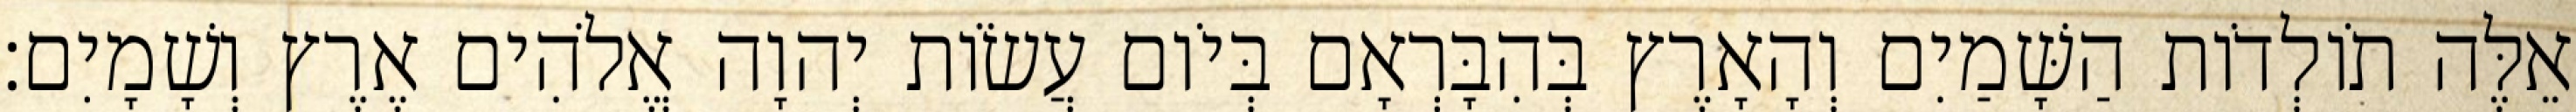
אֵלֶּה תֹולְדֹות הַשָּׁמַיִם וְהָאָרֶץ בְּהִבָּרְאָם בְּיֹום עֲשֹׂות יְהוָה אֱלֹהִים אֶרֶץ וְשָׁמָיִם׃